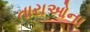
તારાઓના